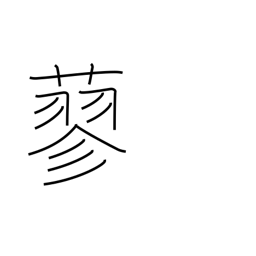
Meaning: a smartweed